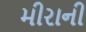
મીરાની